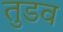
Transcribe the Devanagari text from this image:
तुडव